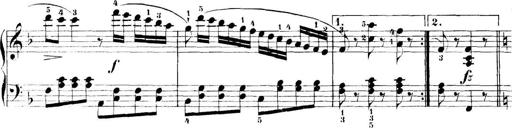
Title: 11 Sonatinas
Composer: Anton Diabelli